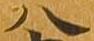
八